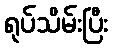
ရုပ်သိမ်းပြီး